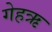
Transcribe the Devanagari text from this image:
गेहऋ